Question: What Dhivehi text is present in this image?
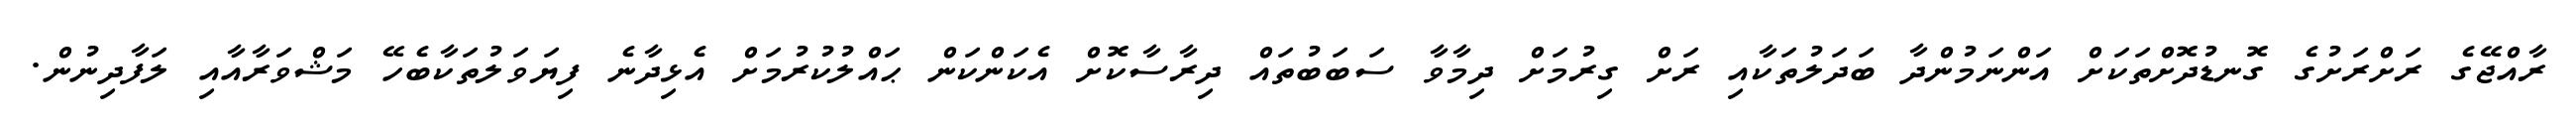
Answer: ރާއްޖޭގެ ރަށްރަށުގެ ގޮނޑުދޮށްތަކަށް އަންނަމުންދާ ބަދަލުތަކާއި ރަށް ގިރުމަށް ދިމާވާ ސަބަބުތައް ދިރާސާކޮށް އެކަންކަން ޙައްލުކުރުމަށް އެޅިދާނެ ފިޔަވަލުތަކާބެހޭ މަޝްވަރާއާއި ލަފާދިނުން.